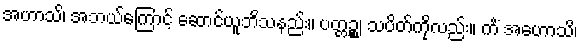
အဟာသိ၊ အဘယ်ကြောင့် ဆောင်ယူဘိသနည်း။ ပတ္တဉ္စ၊ သပိတ်ကိုလည်း။ ကိံ အဟောသိ၊